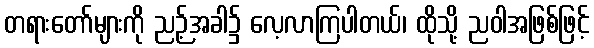
တရားတော်များကို ညဉ့်အခါ၌ လေ့လာကြပါတယ်၊ ထိုသို့ ညဝါအဖြစ်ဖြင့်